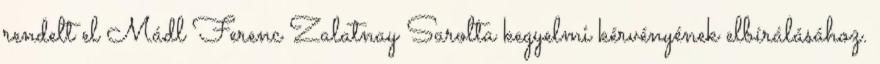
rendelt el Mádl Ferenc Zalatnay Sarolta kegyelmi kérvényének elbírálásához.